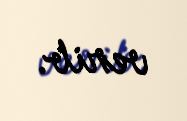
verib.